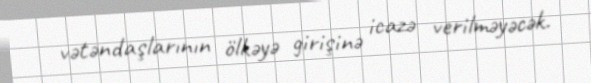
vətəndaşlarının ölkəyə girişinə icazə verilməyəcək.